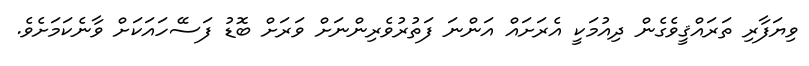
ވިޔަފާރި ތަރައްޤީވެގެން ދިއުމަކީ އެރަށައް އަންނަ ފަތުރުވެރިންނަށް ވަރަށް ބޮޑު ފަސޭހައަކަށް ވާނެކަމަށެވެ.